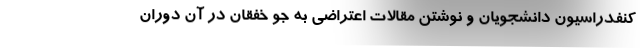
کنفدراسیون دانشجویان و نوشتن مقالات اعتراضی به جو خفقان در آن دوران